Leaving Certificate Examination (including Day School Certificate (Higher) General paper), 1939
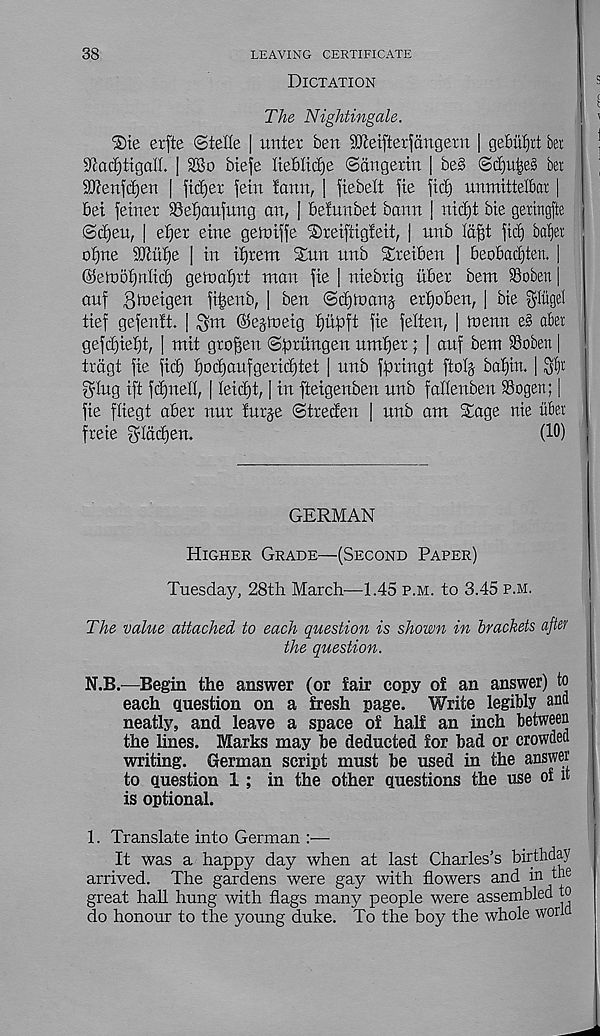
38
LEAVING CERTIFICATE
Dictation
The Nightingale.
®te erfie ©telle | unter ben SJteifterfangern | gebufjrt bei
9tad)ttgalt. |
btefe Heblidje ©angerin | be§ ©(^u^e§ ber
SO'tenfdjen | fitter fern fann, | fiebelt fie ftc£) unmittelbar |
bet fetner SSefjanfung an, | befunbet bann | nidft bte getingfte
©ctjeu, | efjet eine geiniffe Sreiftigleit, j unb lafft fid) baljei
of)ne 9JUtf)e | in itjtem Sun unb Sreiben | beobadjten. |
@en>5f)nlici) gelnaf)rt man fie | niebrig iiber hem Robert |
auf $ t]J eigen fi^enb, | ben ©djmanj ertjoben, | bie gliigel
tief gefenft. j
©ejtneig Ifupft fie felten, | menu e§ abei
gefd)iet)t, | mit gtoffen ©prungen umt)er; | auf bem Robert |
trdgt fie fid) ^odjaufgeridjtet | unb fpxingt ftolg baf)in. | SI)!
$Iug ift fdjned, | Iei(^t, [ in fteigenben unb fadenben 93ogen; |
fie fliegt abet nur furge ©treden | unb am Sage nie iibet
freie gladfen.
(10)
GERMAN
Higher Grade—(Second Paper)
Tuesday, 28th March—1.45 p.m. to 3.45 p.m.
The value attached to each question is shown in brackets after
the question.
N.B.—Begin the answer (or fair copy of an answer) to
each question on a fresh page. Write legibly and
neatly, and leave a space of half an inch between
the lines. Marks may be deducted for bad or crowded
writing. German script must be used in the answer
to question 1 ; in the other questions the use of it
is optional.
1. Translate into German :—
It was a happy day when at last Charles’s birthday
arrived. The gardens were gay with flowers and in if 16
great hall hung with flags many people were assembled to
do honour to the young duke. To the boy the whole worid